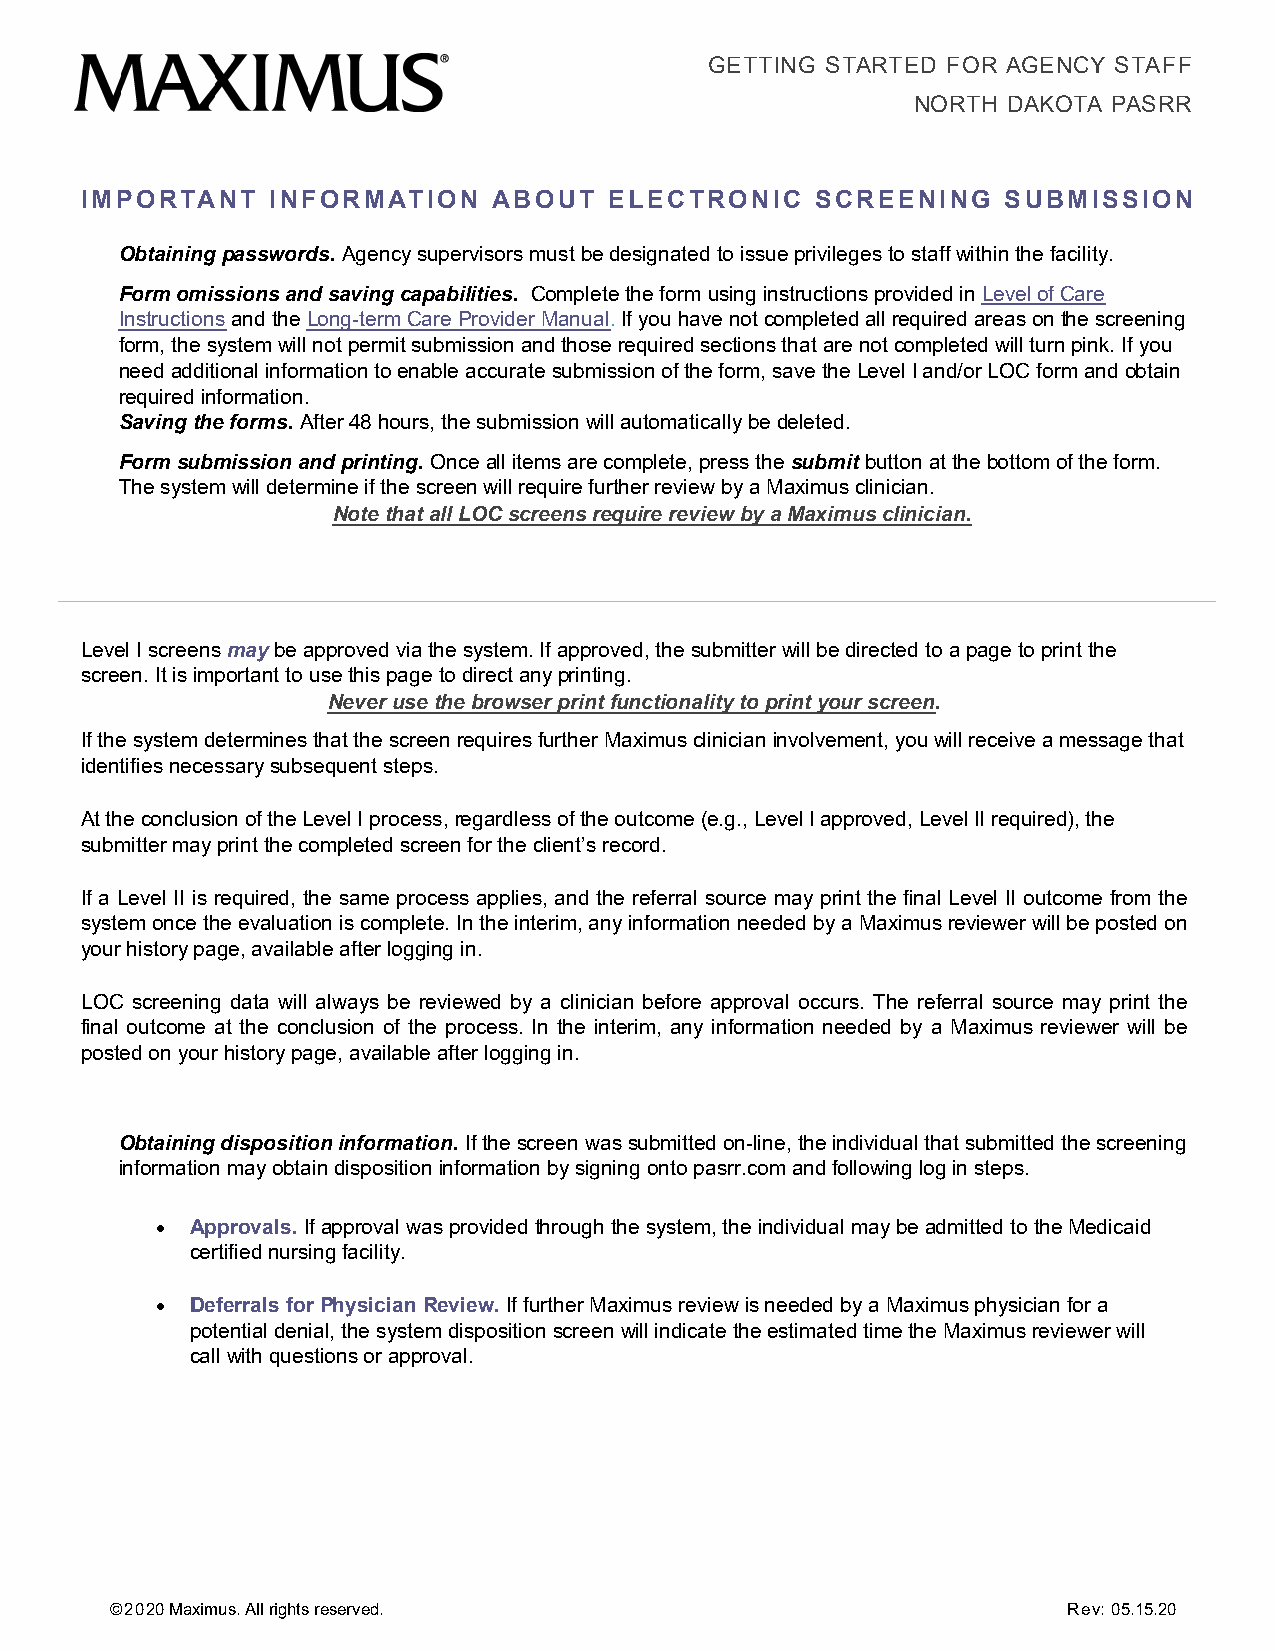
GETTING STARTED FOR AGENCY STAFF
 NORTH DAKOTA PASRR
 IMPORTANT    INFORMATIO  N  ABOUT  ELECTRONIC    SCREENING   SUBMISSION
 Obtaining passwords. Agency supervisors must be designated to issue privileges to staff within the facility.
 Form omissions and saving capabilities. Complete the form using instructions provided in Level of Care
 Instructions and the Long-term Care Provider Manual. If you have not completed all required areas on the screening
 form, the system will not permit submission and those required sections that are not completed will turn pink. If you
 need additional information to enable accurate submission of the form, save the Level I and/or LOC form and obtain
 required information.
 Saving the forms. After 48 hours, the submission will automatically be deleted.
 Form submission and printing. Once all items are complete, press the submit button at the bottom of the form.
 The system will determine if the screen will require further review by a Maximus clinician.
 Note that all LOC screens require review by a Maximus clinician.
 Level I screens may be approved via the system. If approved, the submitter will be directed to a page to print the
 screen. It is important to use this page to direct any printing.
 Never use the browser print functionality to print your screen.
 If the system determines that the screen requires further Maximus clinician involvement, you will receive a message that
 identifies necessary subsequent steps.
 At the conclusion of the Level I process, regardless of the outcome (e.g., Level I approved, Level II required), the
 submitter may print the completed screen for the client’s record.
 If a Level II is required, the same process applies, and the referral source may print the final Level II outcome from the
 system once the evaluation is complete. In the interim, any information needed by a Maximus reviewer will be posted on
 your history page, available after logging in.
 LOC screening data will always be reviewed by a clinician before approval occurs. The referral source may print the
 final outcome at the conclusion of the process. In the interim, any information needed by a Maximus reviewer will be
 posted on your history page, available after logging in.
 Obtaining disposition information. If the screen was submitted on-line, the individual that submitted the screening
 information may obtain disposition information by signing onto pasrr.com and following log in steps.
 •  Approvals. If approval was provided through the system, the individual may be admitted to the Medicaid
 certified nursing facility.
 •  Deferrals for Physician Review. If further Maximus review is needed by a Maximus physician for a
 potential denial, the system disposition screen will indicate the estimated time the Maximus reviewer will
 call with questions or approval.
 ©2020 Maximus. All rights reserved.                             Rev: 05.15.20